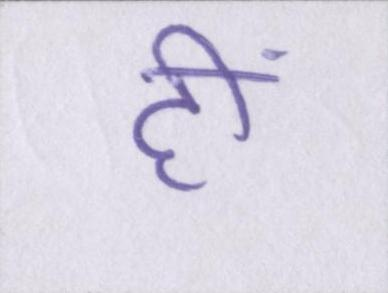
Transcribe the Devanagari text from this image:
हीं